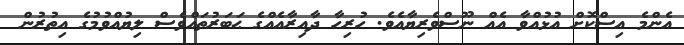
އެންމެ އިސްކޮށް އުޅުއްވާ އެއް ނޫސްވެރިޔާއެވެ. ހުރިހާ ދާއިރާއެއްގެ ޙަބަރުތައްވެސް ލިޔުއްވުމުގެ އިތުރުން